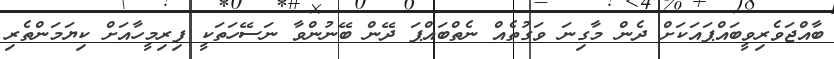
ބާއްޖަވެރިވީބައްޕައަކަށް ދެން މާގިނަ ވަގުތެއް ނެތްބައްޕަ ދޭން ބޭނުންވާ ނަސޭހަތަކީ ފިރިމީހާއަށް ކިޔަމަންތެރި